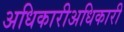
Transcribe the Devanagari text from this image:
अधिकारीअधिकारी